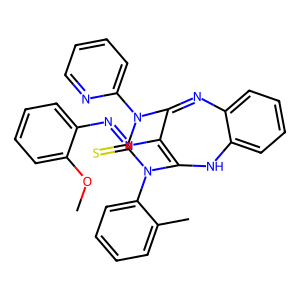
SMILES: COc1ccccc1N=NC1=C2Nc3ccccc3N=C1N(c1ccccn1)C(=S)N2c1ccccc1C
Inhibits HIV replication: No